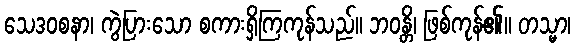
သေဒဝစနာ၊ ကွဲပြားသော စကားရှိကြကုန်သည်။ ဘဝန္တိ၊ ဖြစ်ကုန်၏။ တသ္မာ၊